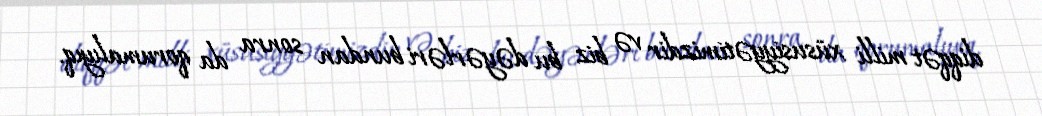
diqqət milli xüsusiyyətimizdir və biz bu dəyərləri bundan sonra da qorumalıyıq.